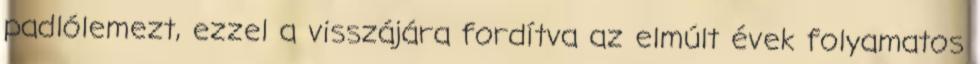
padlólemezt, ezzel a visszájára fordítva az elmúlt évek folyamatos